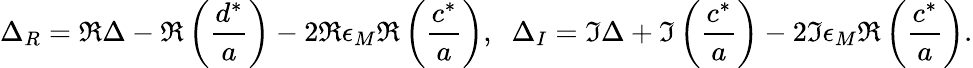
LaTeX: \Delta_{R}=\Re\Delta-\Re\left({\frac{d^{*}}{a}}\right)-2\Re\epsilon_{M}\Re\left({\frac{c^{*}}{a}}\right),\; \; \Delta_{I}=\Im\Delta+\Im\left({\frac{c^{*}}{a}}\right)-2\Im\epsilon_{M}\Re\left(\frac{c^{*}}{a}\right).